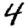
Digit: 4